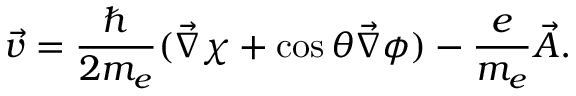
\vec { v } = \frac { \hbar } { 2 m _ { e } } ( \vec { \nabla } \chi + \cos \theta \vec { \nabla } \phi ) - \frac { e } { m _ { e } } \vec { A } .